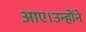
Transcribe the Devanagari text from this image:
आए।उन्होंने